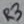
Text: R3